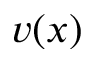
v ( x )